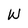
Character: W